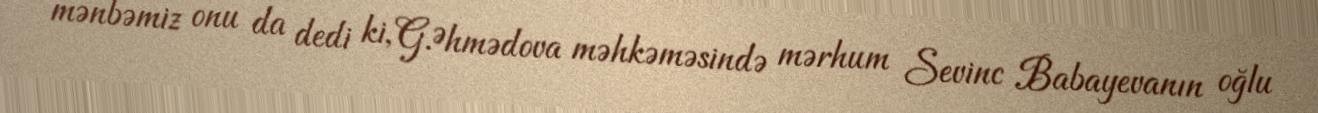
mənbəmiz onu da dedi ki, G.Əhmədova məhkəməsində mərhum Sevinc Babayevanın oğlu